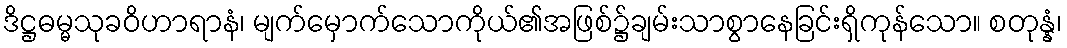
ဒိဋ္ဌဓမ္မသုခဝိဟာရာနံ၊ မျက်မှောက်သောကိုယ်၏အဖြစ်၌ချမ်းသာစွာနေခြင်းရှိကုန်သော။ စတုန္နံ၊